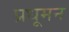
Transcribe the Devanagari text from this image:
प्रधूमन